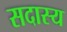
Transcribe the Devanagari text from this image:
सदास्य